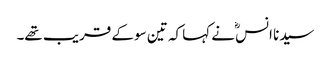
سیدنا انسؓ نے کہا کہ تین سو کے قریب تھے۔